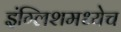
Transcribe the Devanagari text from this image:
इंग्लिशमध्येच